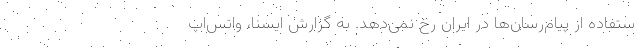
ستفاده از پیام‌رسان‌ها در ایران رخ نمی‌دهد. به گزارش ایسنا،‌ واتس‌اپ